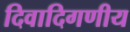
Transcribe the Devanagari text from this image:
दिवादिगणीय